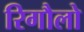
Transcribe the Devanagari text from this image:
रिगौलो